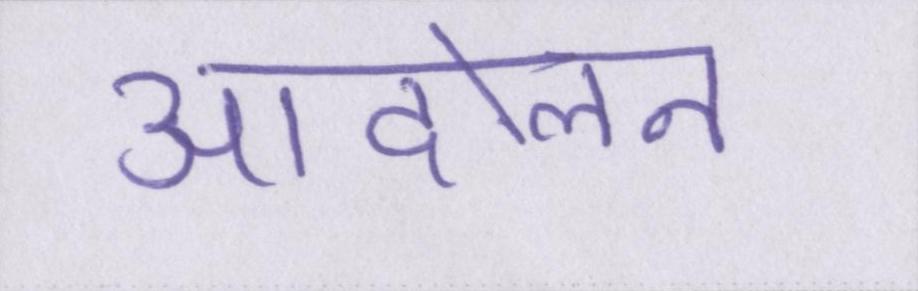
आंदोलन